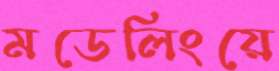
মডেলিংয়ে